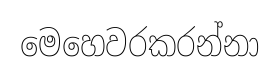
මෙහෙවරකරන්නා